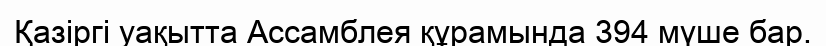
Қазіргі уақытта Ассамблея құрамында 394 мүше бар.